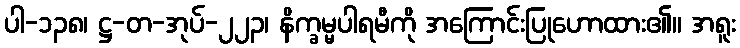
ပါ-၁၃၈၊ ဋ္ဌ-တ-အုပ်-၂၂၃၊ နိက္ခမ္မပါရမီကို အကြောင်းပြုဟောထား၏။ အရူး